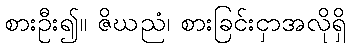
စားဦး၍။ ဇိဃညံ၊ စားခြင်းငှာအလိုရှိ